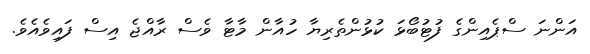
އަންނަ ސްޕެއިންގެ ފުޓުބޯޅަ ކުޅުންތެރިޔާ ހުއާން މާޓާ ވެސް ރާއްޖެ އިސް ފައިވެއެވެ.